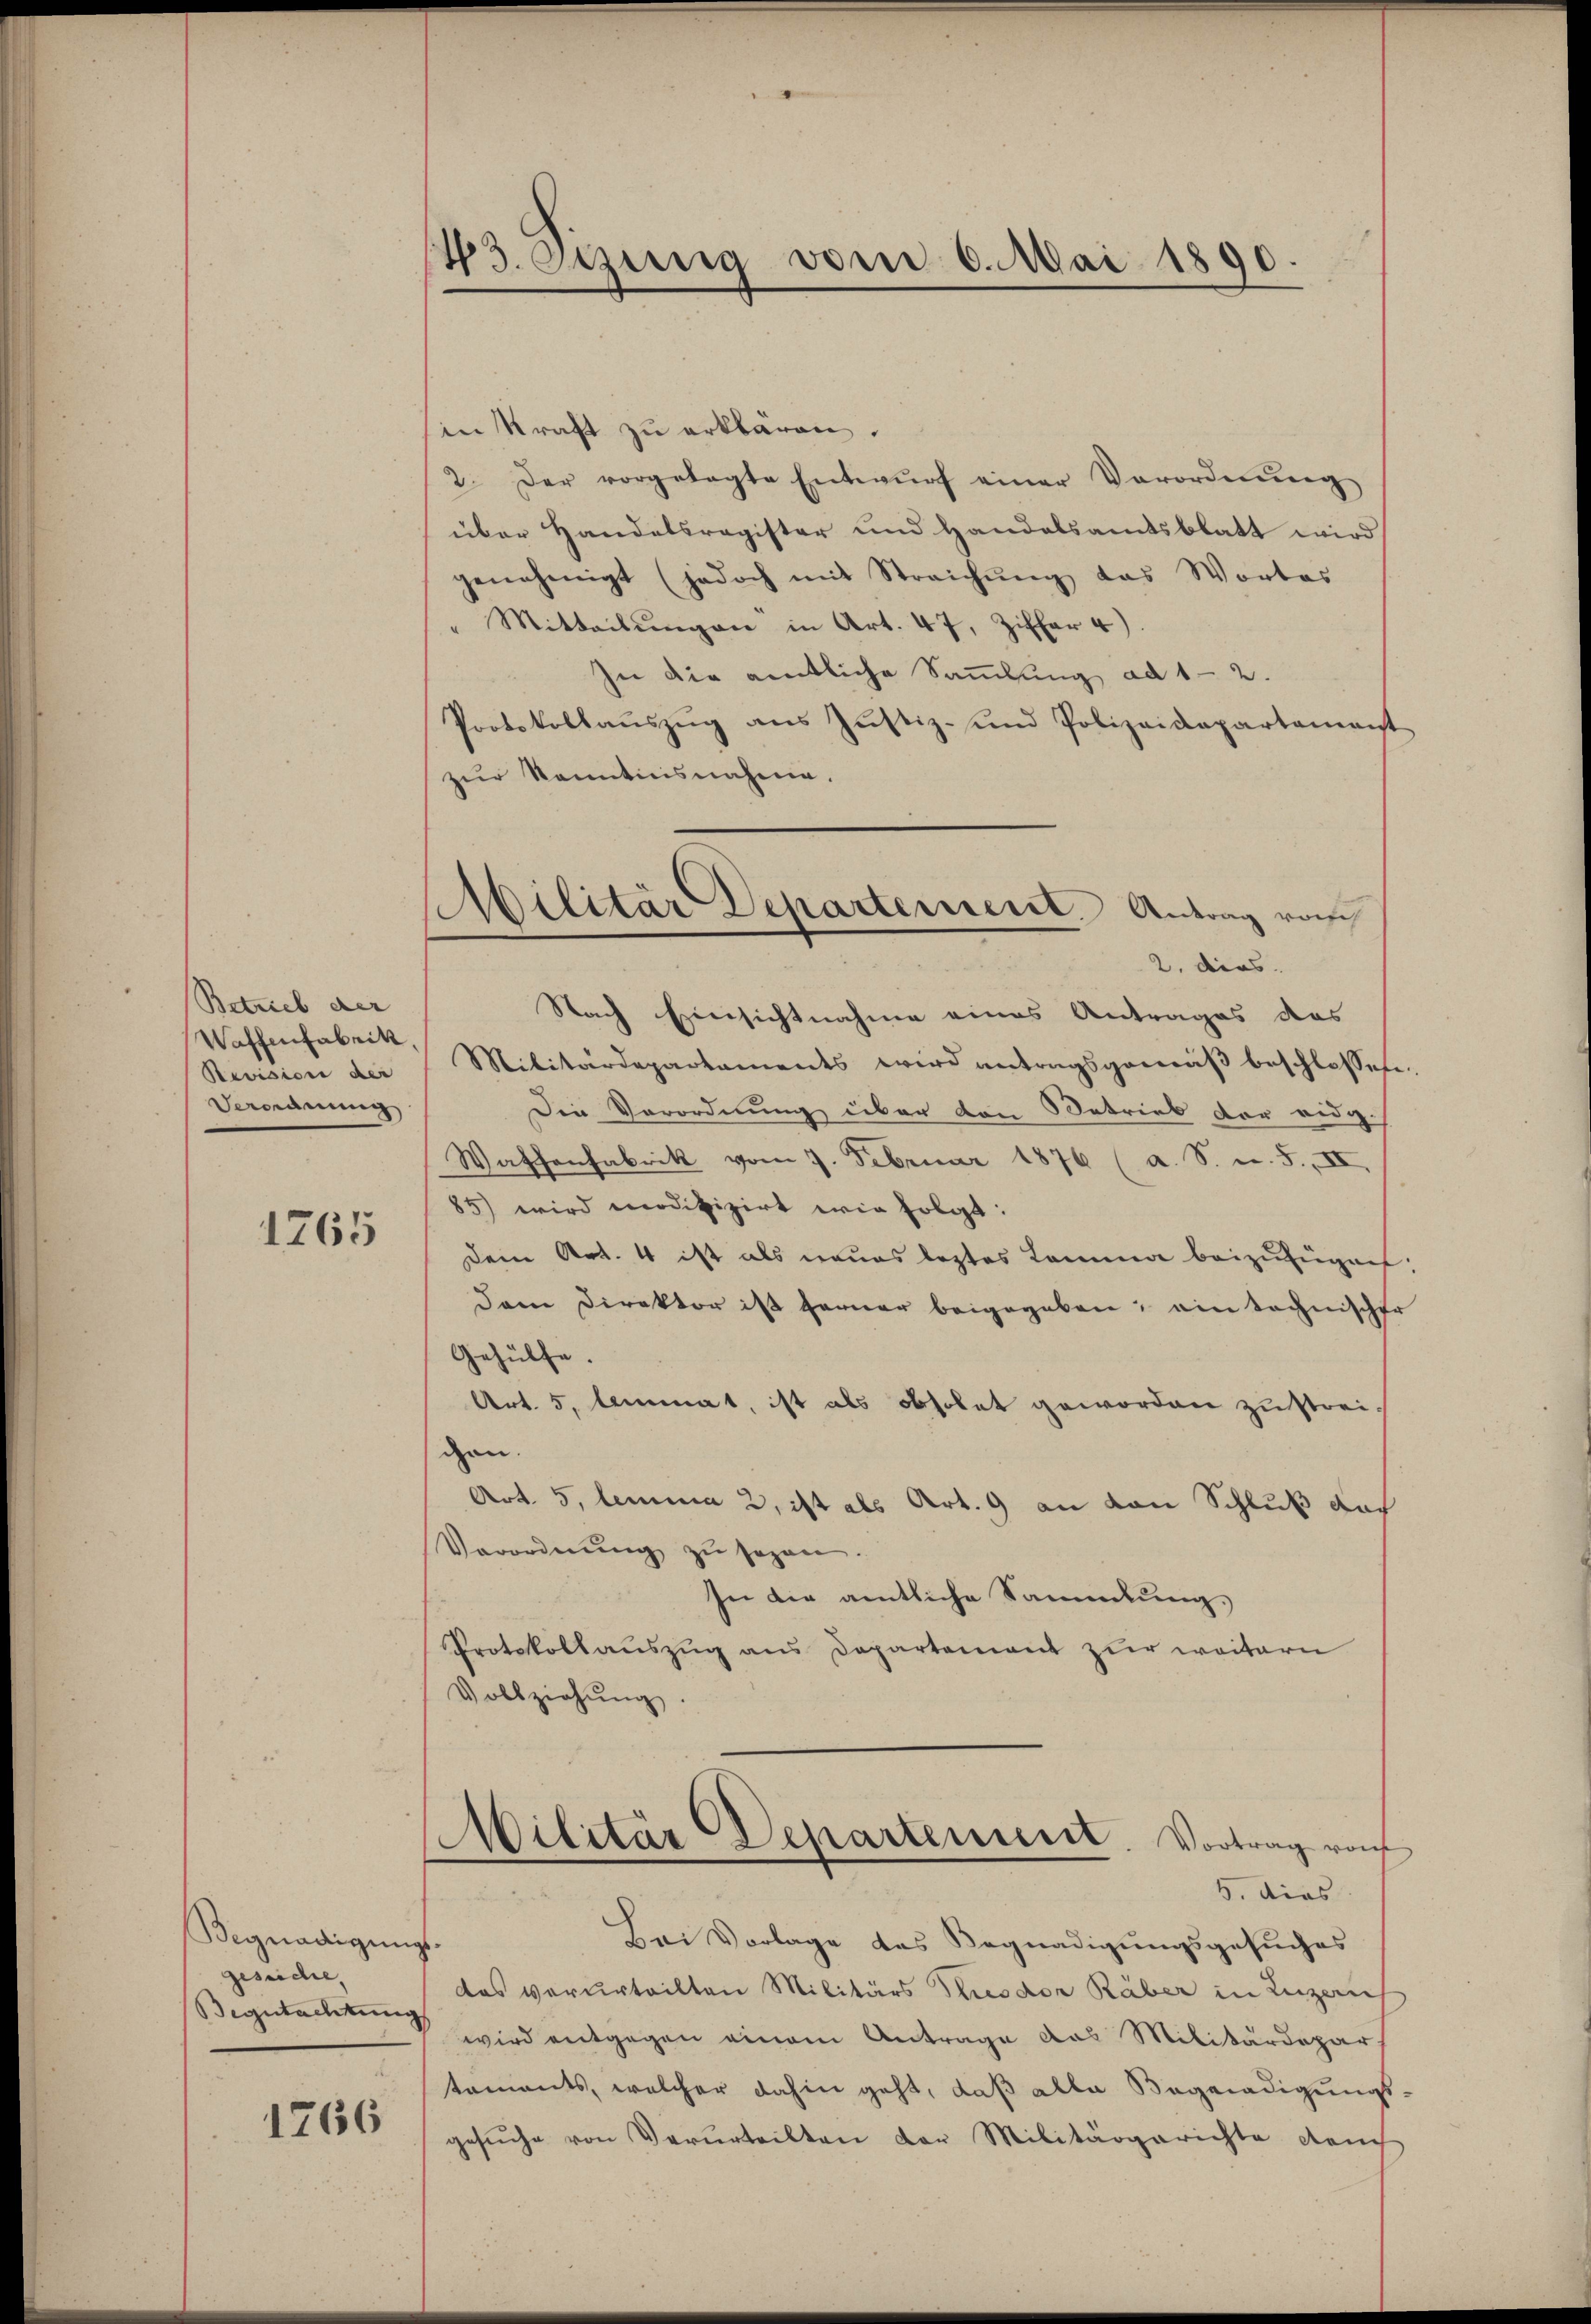
Betrieb der
Waffenfabrik,
Revision der
Veranung

1265

Begnadigungs-
gesuchet,

1766

43. Sizung vom 6. Mai 1890.

Militär Departement. Antrag vom
2. dies

in Kraft zu erklären.
2. Der vorgetagte Entwŭrf einer Verordnŭng
über Handelsregister und Handelsamtsblatt wird
genehmigt (jedoch mit Streichŭng das Wortes
Mitteilŭngen in Art. 47, Ziffer 4).
zi die amtliche Sammlung ad 1 - 2.
Protokollauszug aus Justiz- und Polizeidepartamenst
zur Kenntnisnahme.
Nach Einsichtnahme eines Antrages das
Militärdepartaments wird antragsgemäβ beschlossen
Die Verordnung über den Betrieb der eidg.
Waffenfabrik vom 7. Februar 1876 (a. S. u. 5., II.
85) wird modifizirt wie folgt:
Dem Art. 4 ist als neues leztes Comma beizufügen
dan Direktor ist ferner beigegeben, ein technische
Gehülfe.
Art. 5, lemmat, ist als obsolet geworden zustreigen.
Art. 5, lemma 2, ist als Art. 9 an von Schluß doch
Verordnŭng zŭ sezen.
In die amtliche Sammlung,
Protokollauszug aus Departement zur weitern
Vollziehŭng.
Militär Departement. Vortrag roh
5. dies
Bei Vorlage des Begnadigungsgesuches
das verurteilten Militärs Husdor Räber in Luzauf
Begutachten wird entgegen einem Antrage das Militärdepar
taments, welcher dahin geht, daß alle Begnadigungs
gesŭche von Verurteilten der Militärgerichte dem